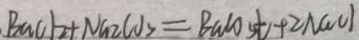
B a C l _ { 2 } + N a _ { 2 } C O _ { 3 } = B a C O _ { 3 } t + 2 N a C l